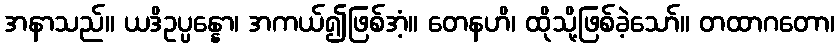
အနာသည်။ ယဒိဥပ္ပန္နော၊ အကယ်၍ဖြစ်အံ့။ တေနဟိ၊ ထိုသို့ဖြစ်ခဲ့သော်။ တထာဂတော၊